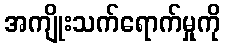
အကျိုးသက်ရောက်မှုကို